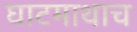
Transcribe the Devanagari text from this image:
घाटमाथाच